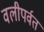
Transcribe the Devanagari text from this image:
वलीपर्वत